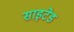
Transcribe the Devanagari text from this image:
साइटेड